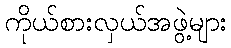
ကိုယ်စားလှယ်အဖွဲ့များ